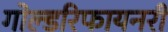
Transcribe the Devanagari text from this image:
गोल्डरिफायनरी